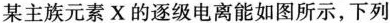
某主族元素X的逐级电离能如图所示，下列